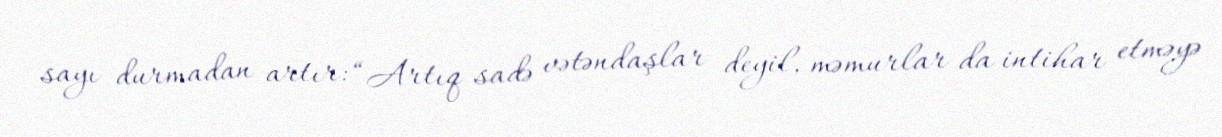
sayı durmadan artır: “Artıq sadə vətəndaşlar deyil, məmurlar da intihar etməyə